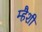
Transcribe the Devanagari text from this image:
म्हैशी